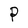
Character: P